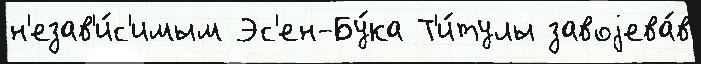
н'езав'и́с'имым Эс'ен-Бу́ка Т'и́тулы завоjева́в